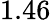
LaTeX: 1.46